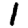
Digit: 1